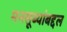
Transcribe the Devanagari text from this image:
मनसूब्यांबद्दल